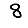
Digit: 8